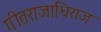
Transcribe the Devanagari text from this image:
गीतराजाधिराज